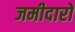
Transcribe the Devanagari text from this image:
जमीदारो